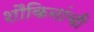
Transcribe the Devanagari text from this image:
शौकिनांची